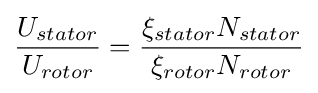
{\frac {U_{stator}}{U_{rotor}}}={\frac {\xi _{stator}N_{stator}}{\xi _{rotor}N_{rotor}}}